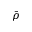
\bar { \rho }